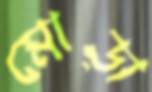
মোড়া